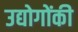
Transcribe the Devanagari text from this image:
उद्योगोंकी